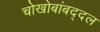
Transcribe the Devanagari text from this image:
चोखोबांबद्दल